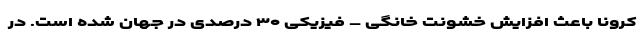
کرونا باعث افزایش خشونت خانگی – فیزیکی ۳۰ درصدی در جهان شده است. در